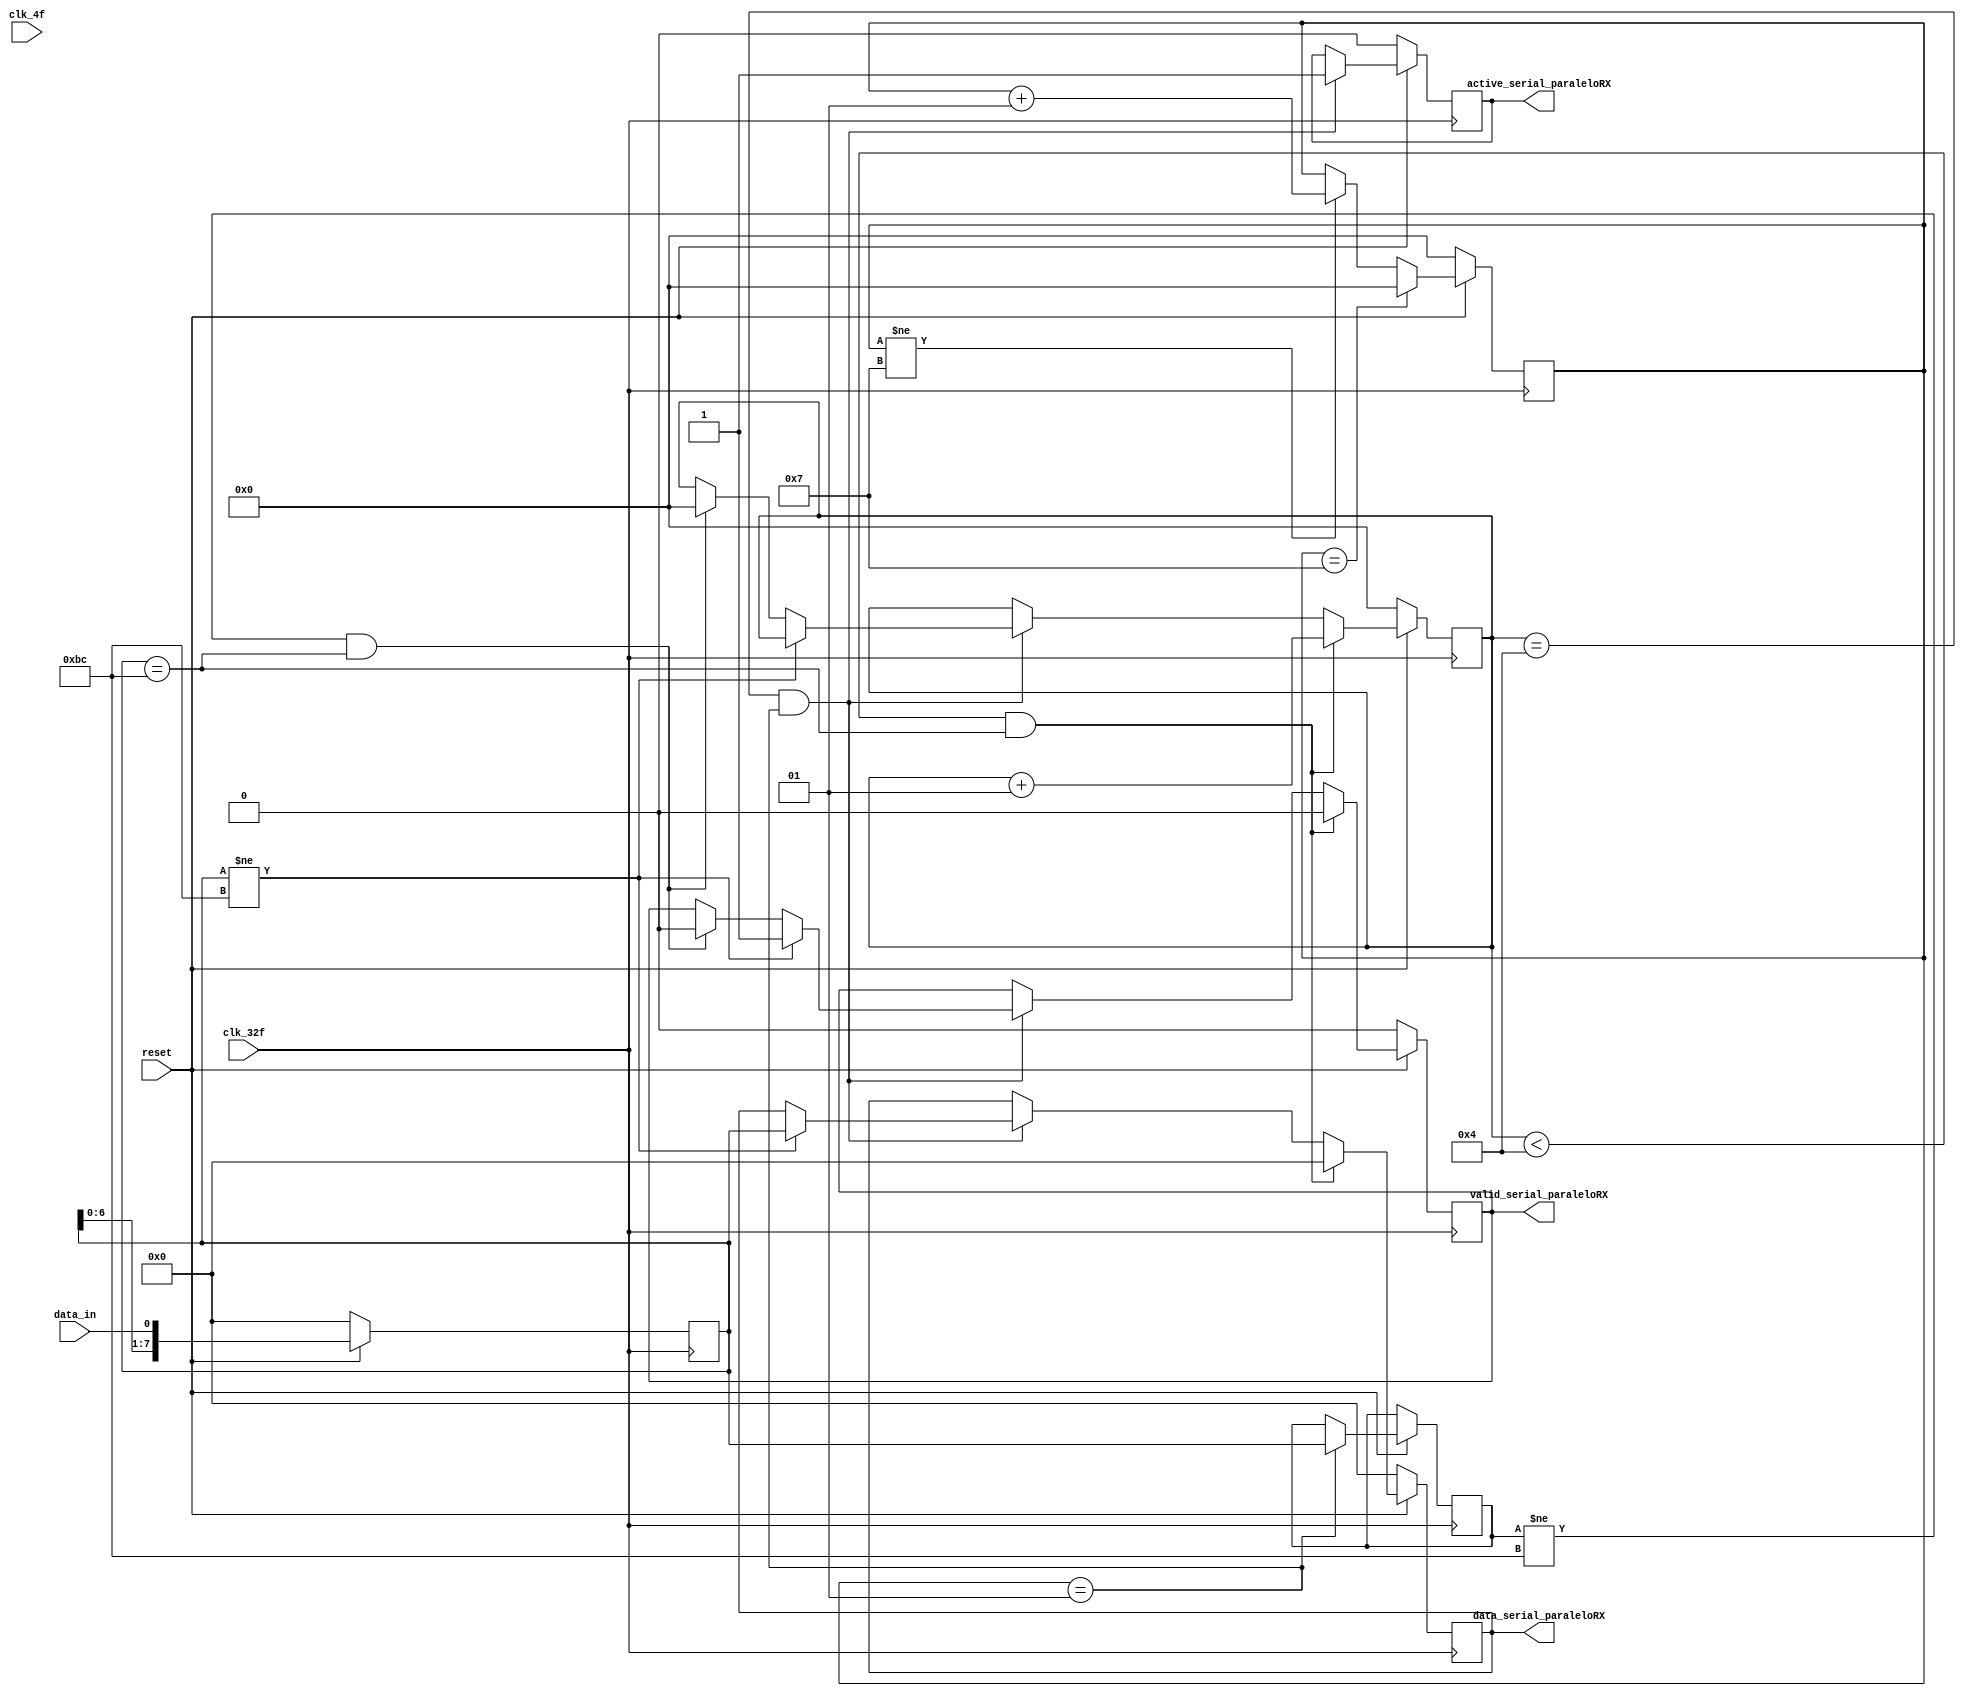

module serial_paraleloRX(
	//ENTRADAS
			
			input data_in,			//entrada de datos
			input reset,			//
			input clk_32f,			//clock frecuencia 32
			input clk_4f,			//clock frecuencia 4
	//SALIDAS
	
			output reg	[7:0] data_serial_paraleloRX, 	//salida RX
			output reg	active_serial_paraleloRX,		//active
			output reg  valid_serial_paraleloRX			//valid
						
);
			reg [7:0] buffer;					//guarda datos actuales (n)
			reg [7:0] buffer_pasado;			//guarda datos pasados (n-1)
			
			integer contador;					//
			integer contador_BC;				//contador de datos BC entrada*se buscan 4

	always @(posedge clk_32f)
	
	begin
			if( reset == 0) 
			
			begin
				
				data_serial_paraleloRX [7:0] <= 8'b00000000;
				active_serial_paraleloRX <= 0;
				valid_serial_paraleloRX	<= 0;
				buffer <= 0;
				contador <= 0;
				contador_BC <= 0;
			end
			
			else
			begin
				buffer <= {buffer[7:0], data_in};	//en buffer se concatena al ultimo bit de posicion el dato se va llenando de esta manera 
				
				if (contador_BC == 4 && contador == 1)
				begin
					
					active_serial_paraleloRX <= 1;
					
					if (buffer != 8'hBC)
					
					begin
						
						valid_serial_paraleloRX	<= 1;
						data_serial_paraleloRX <= buffer;
					end
					
					else if (buffer_pasado != 8'hBC && buffer == 8'hBC)
					
					begin
						
						valid_serial_paraleloRX	<= 0;
						contador_BC <= 0;
						
					end
			end
				
				if (contador_BC < 4 && buffer == 8'hBC)
				
				begin
					
						valid_serial_paraleloRX	<= 0;
						data_serial_paraleloRX <= 0;
						contador_BC <= contador_BC + 1;
				end
					
				if (contador == 1)
				begin
						buffer_pasado <=buffer;
				end
				
				if (contador == 7)
				begin
						contador <= 0;
				end
				
				else if (contador != 7)
				begin
						contador <= contador + 1;
				end
		end
	end
endmodule